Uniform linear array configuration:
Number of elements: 64
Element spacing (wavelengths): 1
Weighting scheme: exponential
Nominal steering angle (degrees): -45
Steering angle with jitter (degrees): -46.593
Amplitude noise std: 0.05
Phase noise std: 0.05

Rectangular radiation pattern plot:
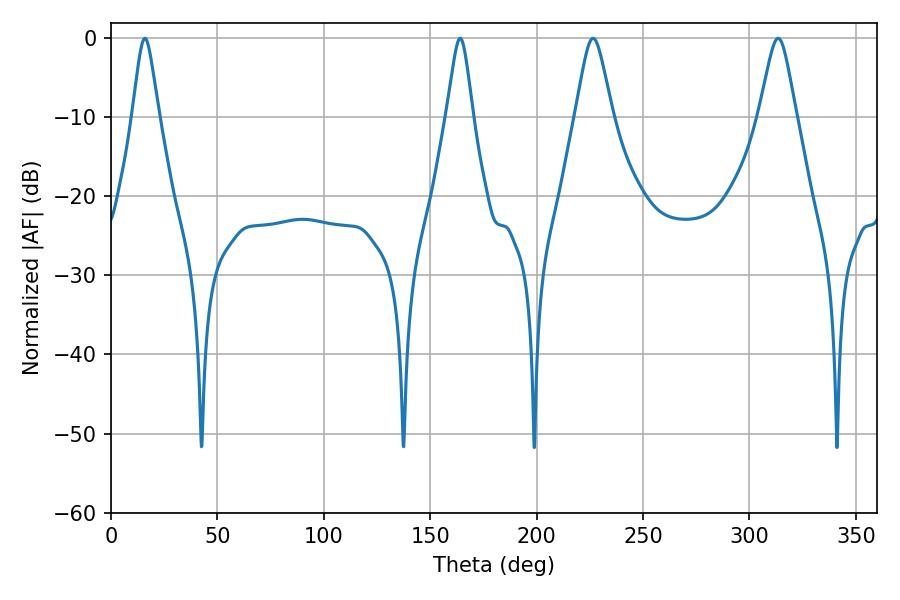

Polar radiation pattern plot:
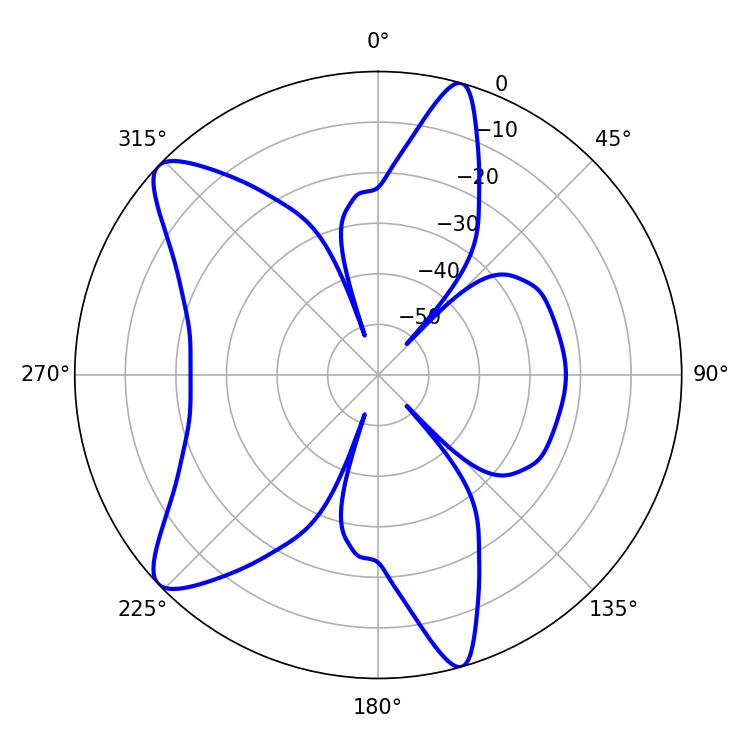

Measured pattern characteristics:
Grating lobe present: TRUE
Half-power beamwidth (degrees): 8.28
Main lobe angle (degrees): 226.44